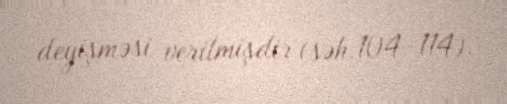
deyişməsi verilmişdir (səh.104–114).